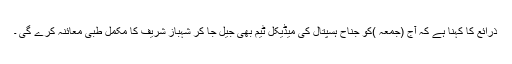
ذرائع کا کہنا ہے کہ آج (جمعہ )کو جناح ہسپتال کی میڈیکل ٹیم بھی جیل جا کر شہباز شریف کا مکمل طبی معائنہ کرے گی ۔